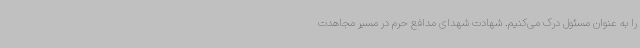
را به عنوان مسئول درک می‌کنیم. شهادت شهدای مدافع حرم در مسیر مجاهدت